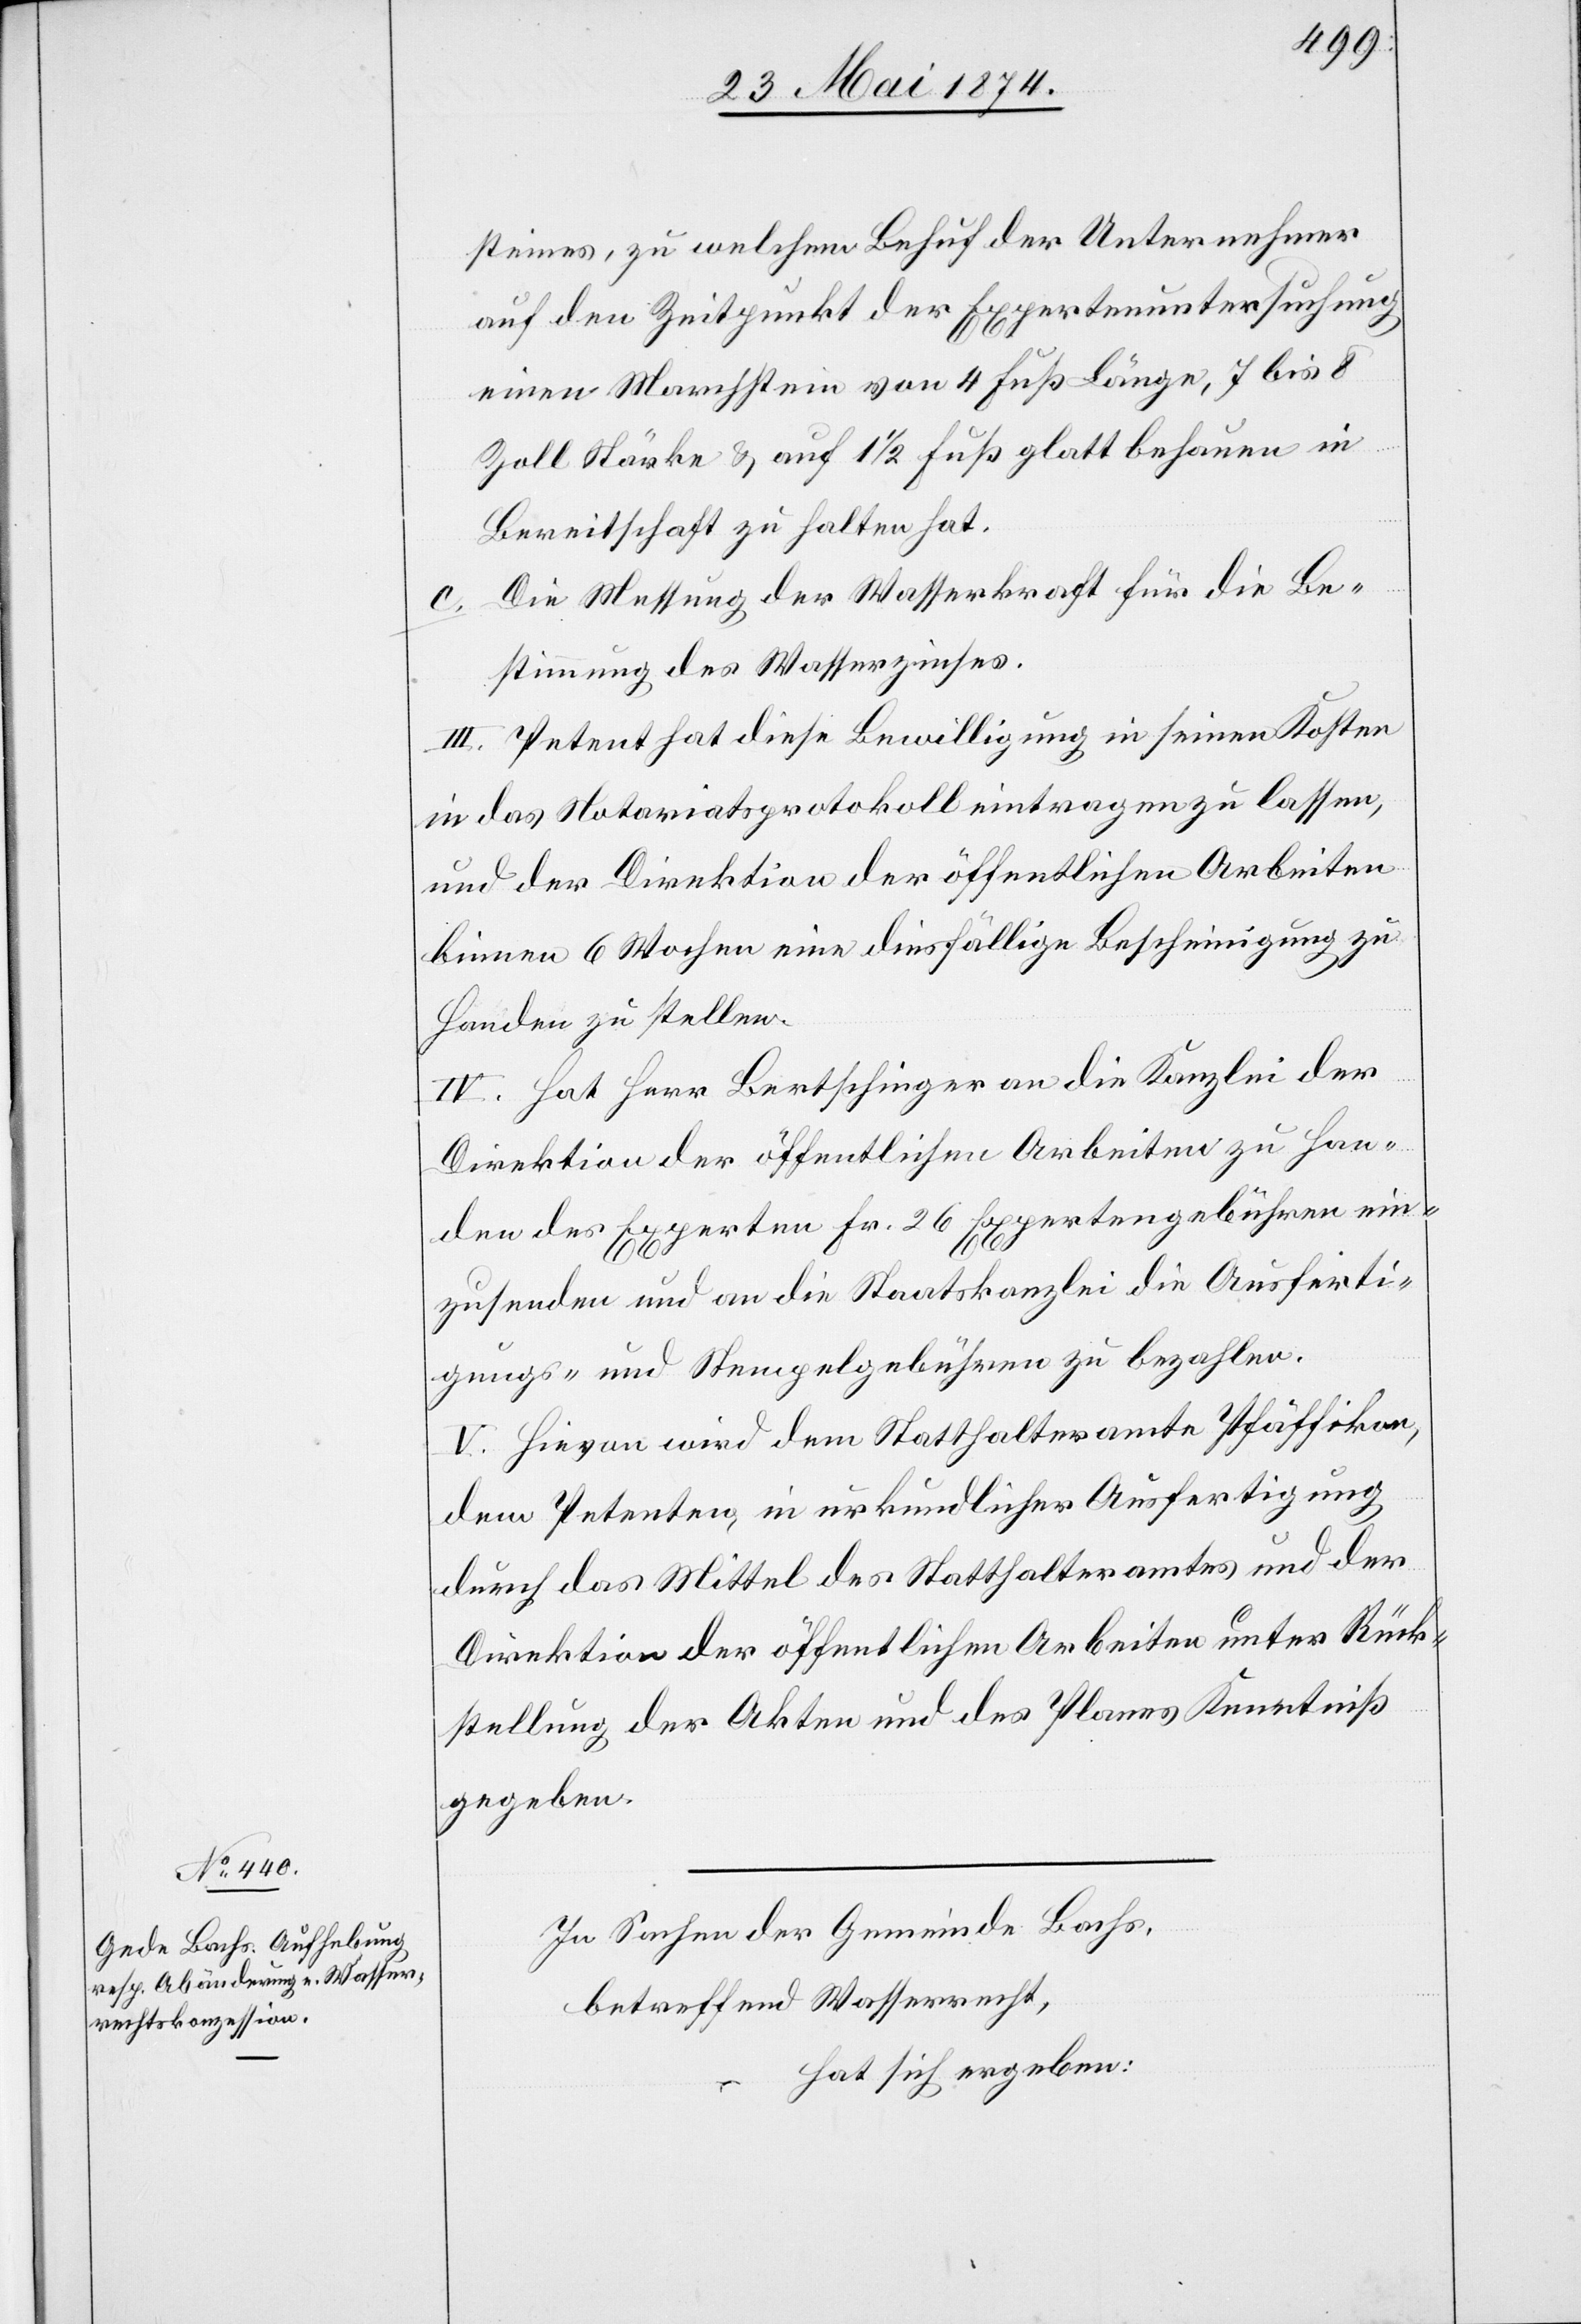
steines, zu welchem Behuf der Unternehmer
auf den Zeitpunkt der Expertenuntersuchung
einen Marchstein von 4 Fuß Länge, 7 bis 8
Zoll Stärke u. auf 1 1/2 Fuß glatt behauen in
Bereitschaft zu halten hat.
c. Die Messung der Wasserkraft für die Be¬
stimmung des Wasserzinses.
III. Petent hat diese Bewilligung in seinen Kosten
in das Notariatsprotokoll eintragen zu lassen,
und der Direktion der öffentlichen Arbeiten
binnen 6 Wochen eine diesfällige Bescheinigung zu
Handen zu stellen.
IV. Hat Herr Bertschinger an die Kanzlei der
Direktion der öffentlichen Arbeiten zu Han¬
den der Experten Fr. 26 Expertengebühren ein¬
zusenden und an die Staatskanzlei die Ausferti¬
gungs- und Stempelgebühren zu bezahlen.
V. Hievon wird dem Statthalteramte Pfäffikon,
dem Petenten, in urkundlicher Ausfertigung
durch das Mittel des Statthalteramtes und der
Direktion der öffentlichen Arbeiten unter Rück¬
stellung der Akten und des Planes Kenntniß
gegeben.
In Sachen der Gemeinde Bachs,
betreffend Wasserrecht,
hat sich ergeben: